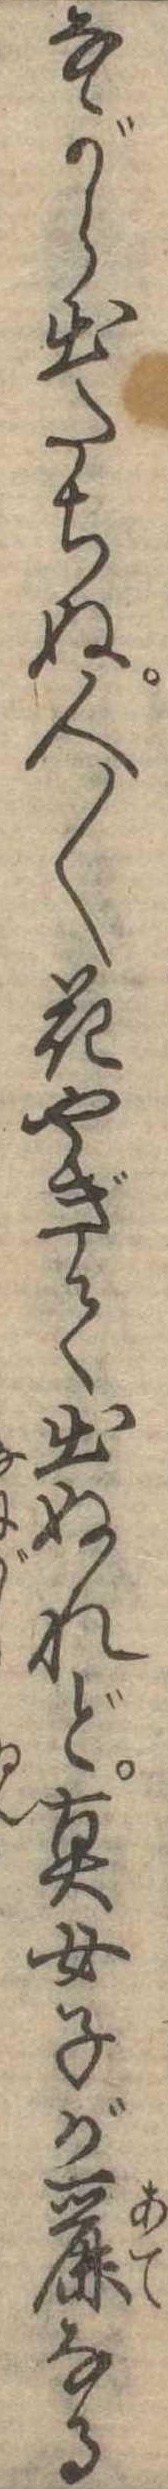
ながら出たちぬ人〱花やぎて出ぬれど真女子が麗なる